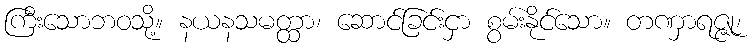
ကြီးသောဘဝသို့။ နယနသမတ္ထာ၊ ဆောင်ခြင်းငှာ စွမ်းနိုင်သော။ တဏှာရဇ္ဇု၊